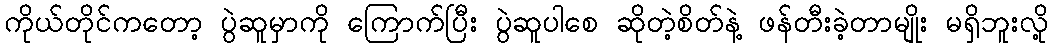
ကိုယ်တိုင်ကတော့ ပွဲဆူမှာကို ကြောက်ပြီး ပွဲဆူပါစေ ဆိုတဲ့စိတ်နဲ့ ဖန်တီးခဲ့တာမျိုး မရှိဘူးလို့